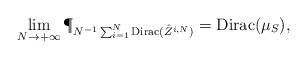
LaTeX: \begin{align*} \lim_{N \rightarrow + \infty} \P_{N^{-1}\sum_{i=1}^N \textrm{Dirac}({\hat{Z}^{i,N}})} = \textrm{Dirac}(\mu_{S}), \end{align*}